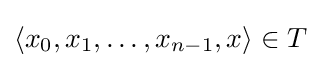
\langle x_{0},x_{1},\ldots ,x_{n-1},x\rangle \in T